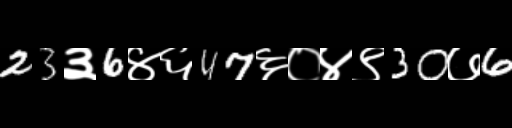
Text: 23३6४६47६०४९30७6